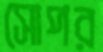
সোপর